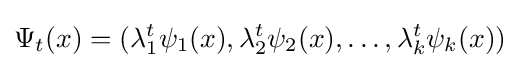
\Psi _{t}(x)=(\lambda _{1}^{t}\psi _{1}(x),\lambda _{2}^{t}\psi _{2}(x),\ldots ,\lambda _{k}^{t}\psi _{k}(x))